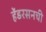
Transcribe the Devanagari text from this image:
हेंडरसनची